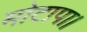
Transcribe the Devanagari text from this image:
मोटापा।